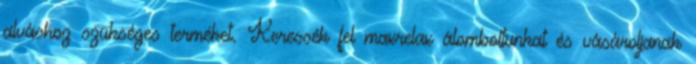
alváshoz szükséges terméket. Keressék fel maxrelax álomboltunkat és vásároljanak